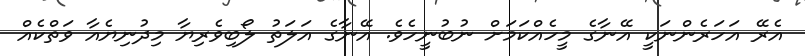
އެރޭ އަހަރެންނަކީ އޭނާގެ މީހެއްކަމަށް ނުބުނީހެވެ. އޭނާގެ އަލަތު ލޯބިވެރިޔާ މިދުނިޔެއާ ވަތްކެއް